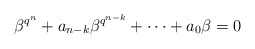
\begin{align*} \beta^{q^n}+a_{n-k}\beta^{q^{n-k}}+\cdots +a_0 \beta=0 \end{align*}